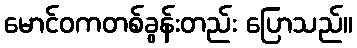
မောင်ဝကတစ်ခွန်းတည်း ပြောသည်။